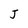
Character: J